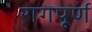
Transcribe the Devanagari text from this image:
रागपूर्ण